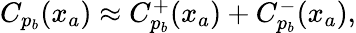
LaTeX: \begin{array}{r}{C_{p_{b}}(x_{a})\approx C_{p_{b}}^{+}(x_{a})+C_{p_{b}}^{-}(x_{a}),}\end{array}